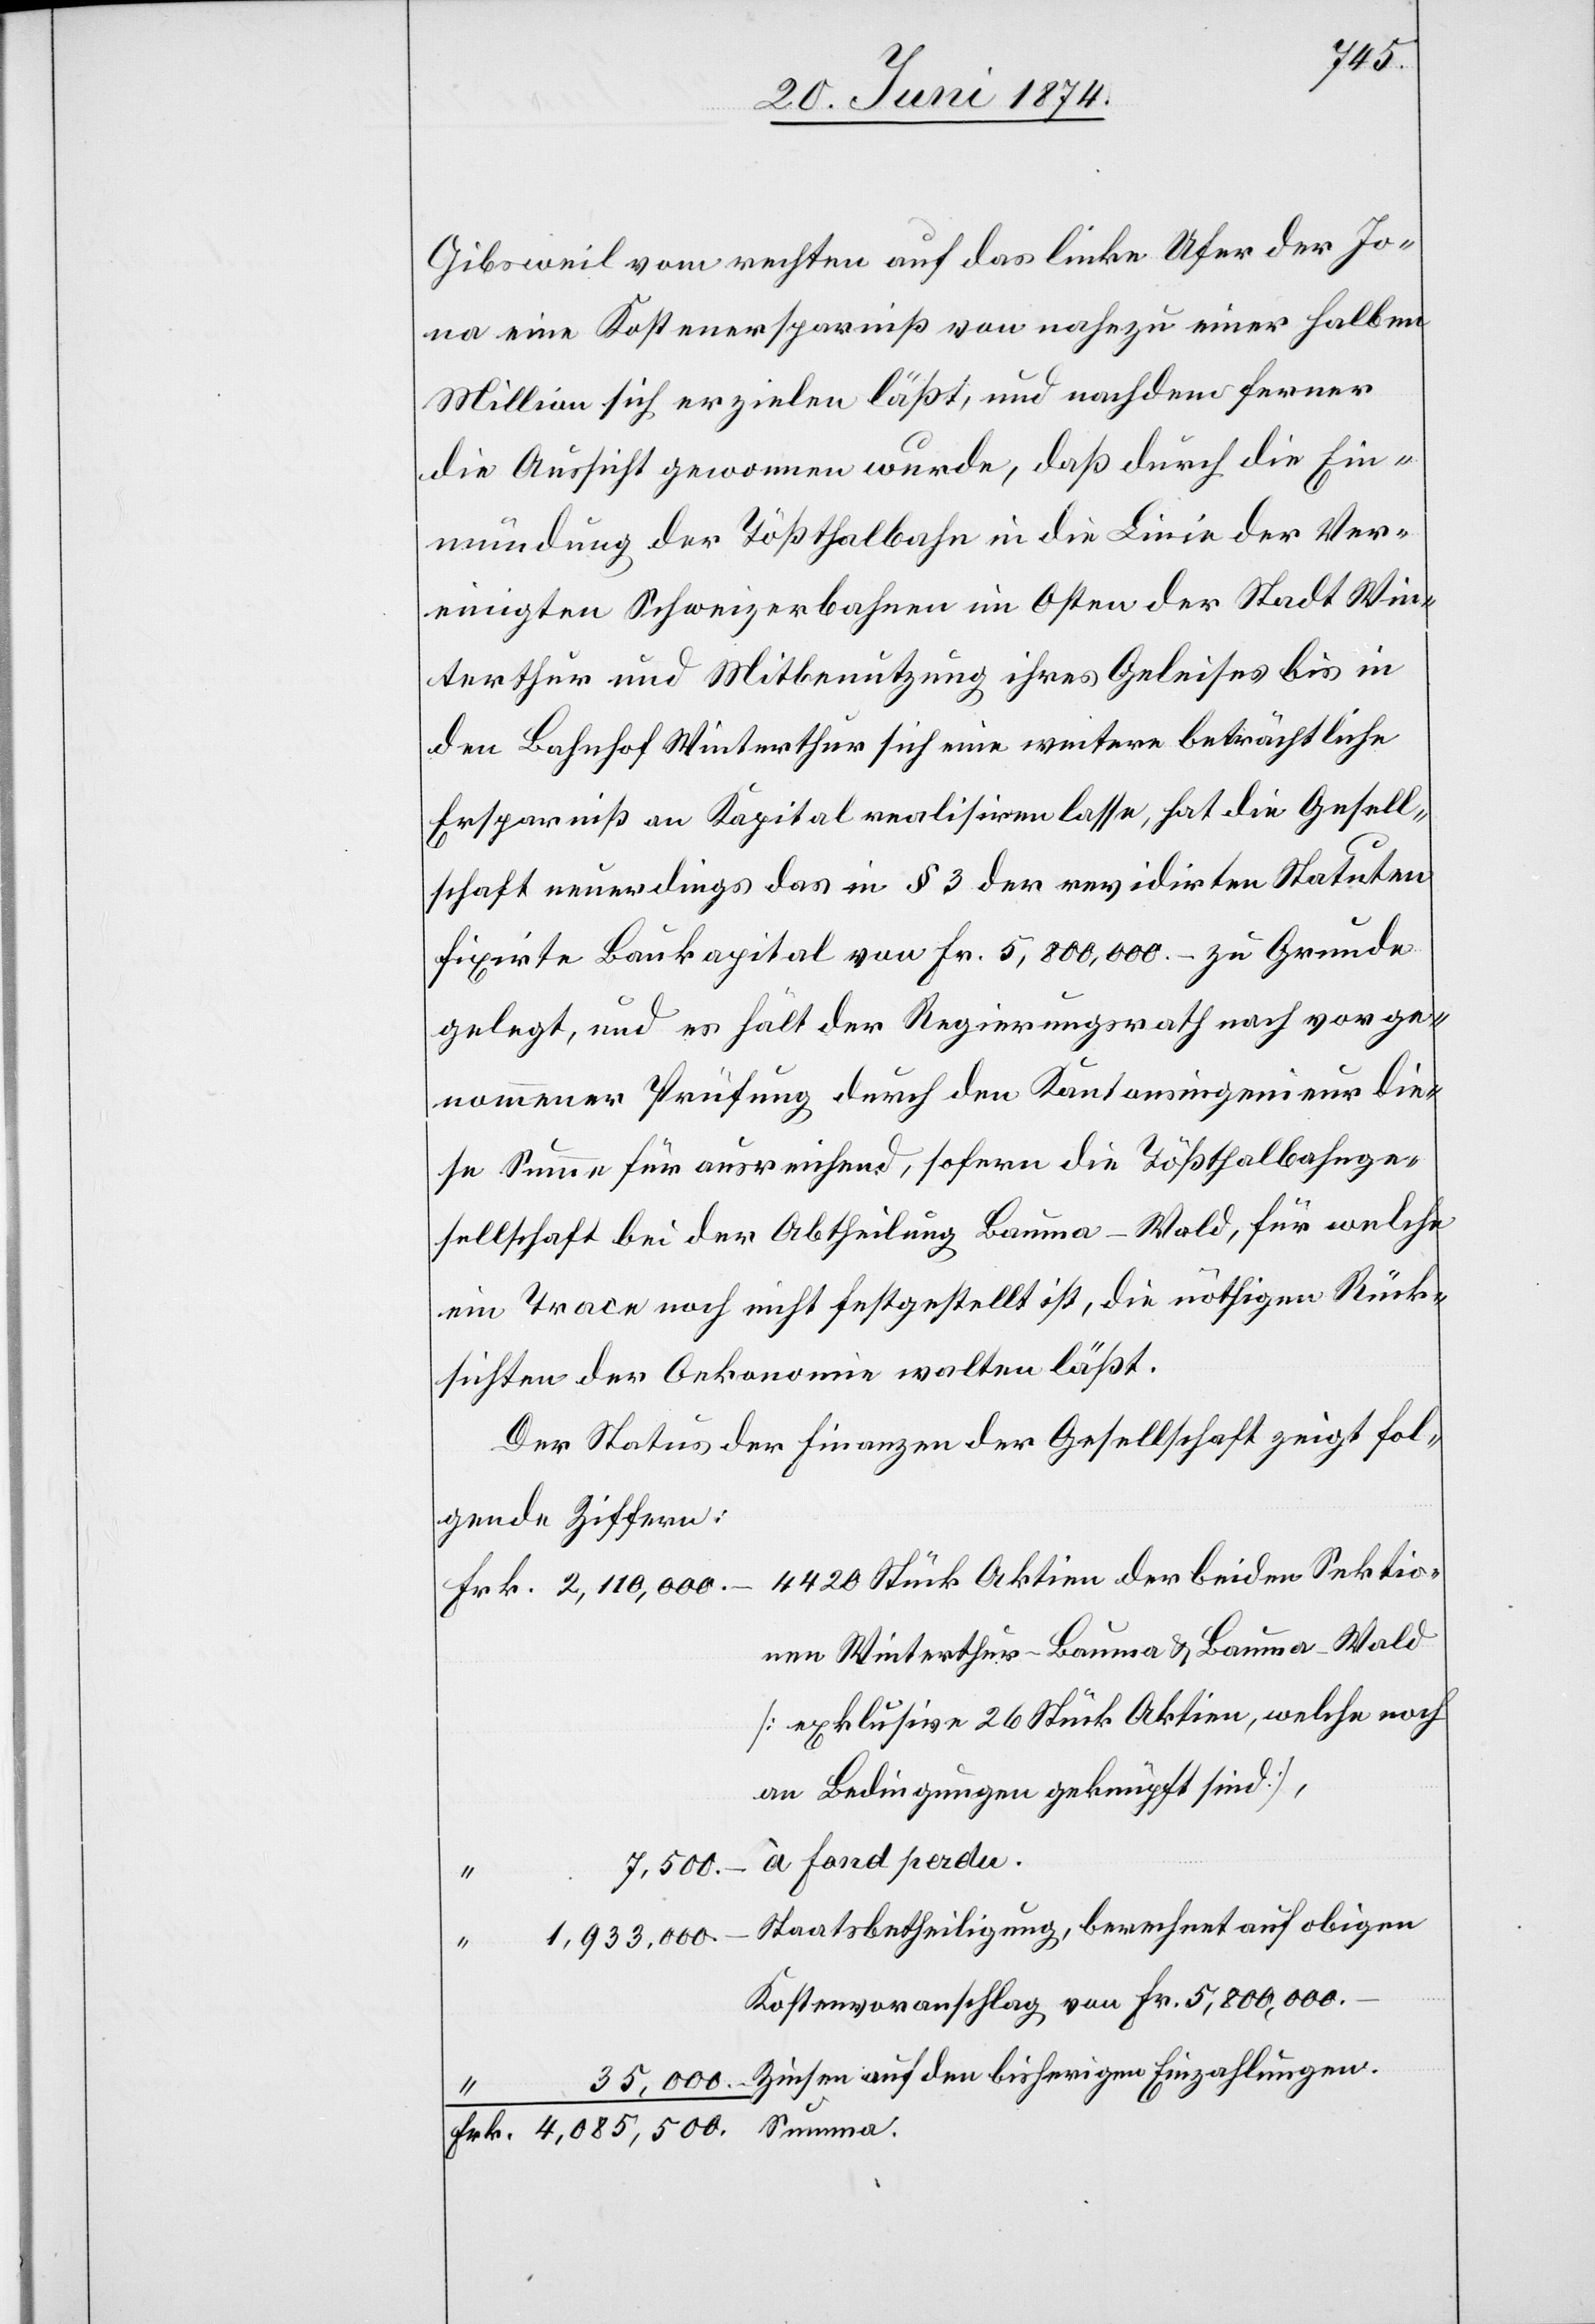
Frk.
Gibsweil vom rechten auf das linke Ufer der Jo¬
na eine Kostenersparniß von nahezu einer halben
Million sich erzielen läßt, und nachdem ferner
die Aussicht gewonnen wurde, daß durch die Ein¬
mündung der Tößthalbahn in die Linie der Ver¬
einigten Schweizerbahnen im Osten der Stadt Win¬
terthur und Mitbenutzung ihres Geleises bis in
den Bahnhof Winterthur sich eine weitere beträchtliche
Ersparniß an Kapital realisiren lasse, hat die Gesell¬
schaft neuerdings das in § 3 der revidirten Statuten
fixirte Baukapital von Fr. 5,800,000.– zu Grunde
gelegt, und es hält der Regierungsrath nach vorge¬
nommener Prüfung durch den Kantonsingenieur die¬
se Summe für ausreichend, sofern die Tößthalbahnge¬
sellschaft bei der Abtheilung Bauma-Wald, für welche
ein Trace noch nicht festgestellt ist, die nöthigen Rück¬
sichten der Oekonomie walten läßt.
Der Status der Finanzen der Gesellschaft zeigt fol¬
gende Ziffern:
4420 Stück Aktien der beiden Sektio¬
nen Winterthur-Bauma u. Bauma-Wald
[exklusive 26 Stück Aktien, welche noch
an Bedingungen geknüpft sind],
à fond perdu.
“
7,500.–
Kostenvoranschlag von Fr. 5,800,000.–